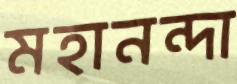
মহানন্দা